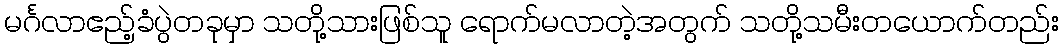
မင်္ဂလာဧည့်ခံပွဲတခုမှာ သတို့သားဖြစ်သူ ရောက်မလာတဲ့အတွက် သတို့သမီးတယောက်တည်း